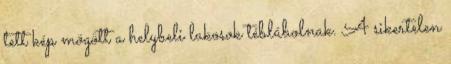
tett kép mögött a helybeli lakosok téblábolnak. A sikertelen